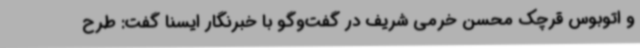
و اتوبوس قرچک ‌محسن خرمی شریف ‌در گفت‌وگو با خبرنگار ایسنا گفت: طرح